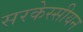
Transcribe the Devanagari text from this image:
सरकेस्सीयन